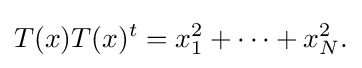
\displaystyle {T(x)T(x)^{t}=x_{1}^{2}+\cdots +x_{N}^{2}.}